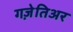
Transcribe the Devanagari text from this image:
गज़ेतिअर